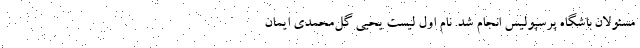
مسئولان باشگاه پرسپولیس انجام شد. نام اول لیست یحیی گل‌محمدی ایمان